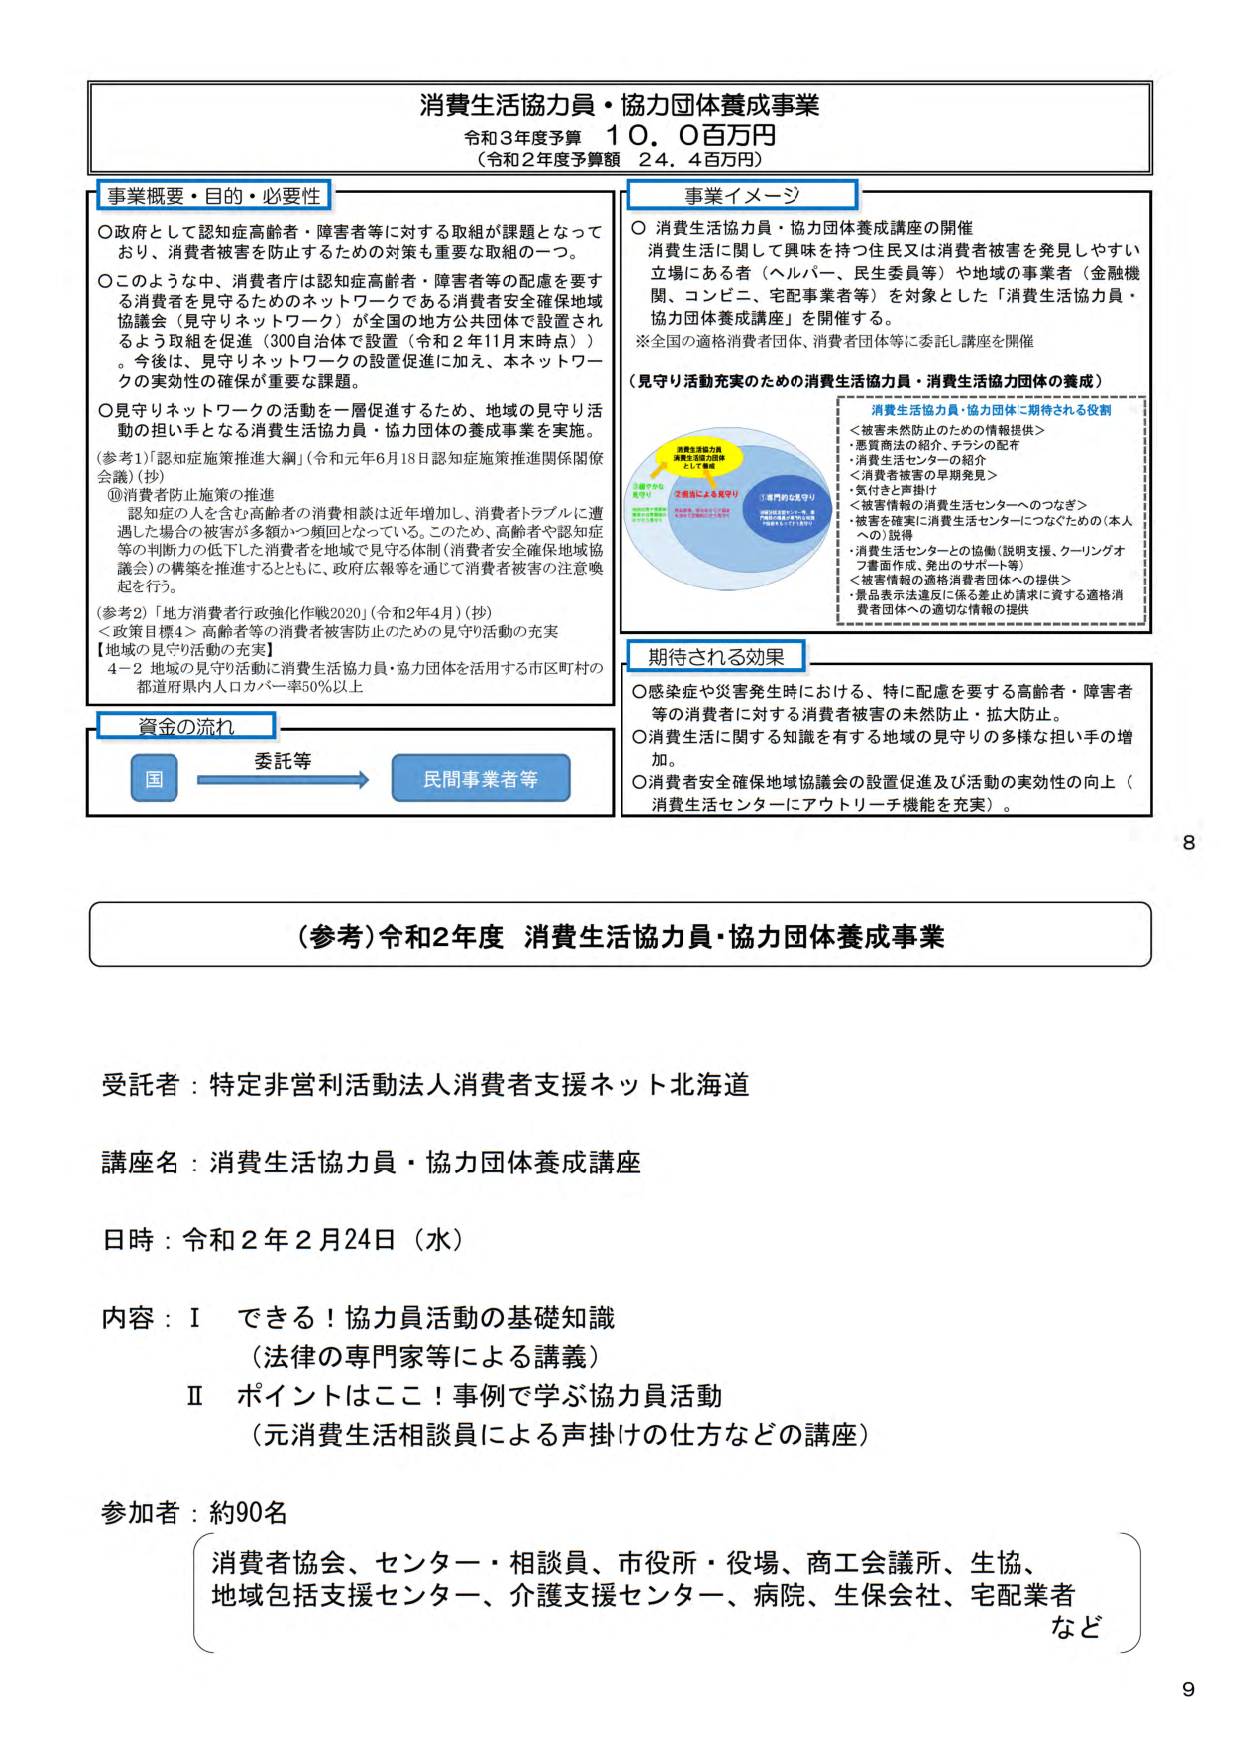
消費生活協力員・協力団体養成事業
令和３年度予算 １０．０百万円
（令和２年度予算額 ２４．４百万円）

事業概要・目的・必要性
〇政府として認知症高齢者・障害者等に対する取組が課題となっており、消費者被害を防止するための対策も重要な取組の一つ。
〇このような中、消費者庁は認知症高齢者・障害者等の配慮を要する消費者を見守るためのネットワークである消費者安全確保地域協議会（見守りネットワーク）が全国の地方公共団体で設置されるよう取組を促進（300自治体で設置（令和２年11月末時点））。今後は、見守りネットワークの設置促進に加え、本ネットワークの実効性の確保が重要な課題。
〇見守りネットワークの活動を一層促進するため、地域の見守り活動の担い手となる消費生活協力員・協力団体の養成事業を実施。
（参考1）「認知症施策推進大綱」（令和元年6月18日認知症施策推進関係閣僚会議）（抄）
⑩消費者防止施策の推進
認知症の人を含む高齢者の消費相談は近年増加し、消費者トラブルに遭遇した場合の被害が多額かつ頻回となっている。このため、高齢者や認知症等の判断力の低下した消費者を地域で見守る体制（消費者安全確保地域協議会）の構築を推進するとともに、政府広報等を通じて消費者被害の注意喚起を行う。
（参考2）「地方消費者行政強化作戦2020」（令和2年4月）（抄）
＜政策目標4＞高齢者等の消費者被害防止のための見守り活動の充実
【地域の見守り活動の充実】
4-2 地域の見守り活動に消費生活協力員・協力団体を活用する市町村の都道府県内人口カバー率50％以上

資金の流れ
国 → 委託等 → 民間事業者等

事業イメージ
〇消費生活協力員・協力団体養成講座の開催
消費生活に関して興味を持つ住民又は消費者被害を発見しやすい立場にある者（ヘルパー、民生委員等）や地域の事業者（金融機関、コンビニ、宅配事業者等）を対象とした「消費生活協力員・協力団体養成講座」を開催する。
※全国の適格消費者団体、消費者団体等に委託し講座を開催

（見守り活動充実のための消費生活協力員・消費生活協力団体の養成）
消費生活協力員・協力団体に期待される役割
＜被害未然防止のための情報提供＞
・悪質商法の紹介、チラシの配布
・消費生活センターの紹介
＜消費者被害の早期発見＞
・気付きと声掛け
＜被害情報の消費生活センターへのつなぎ＞
・被害を確実に消費生活センターにつなぐための（本人への）説得
・消費生活センターとの協働（説明支援、クーリングオフ画面作成、発出のサポート等）
＜被害情報の適格消費者団体への提供＞
・景品表示法違反に係る差止め請求に資する適格消費者団体への適切な情報の提供

期待される効果
〇感染症や災害発生時における、特に配慮を要する高齢者・障害者等の消費者に対する消費者被害の未然防止・拡大防止。
〇消費生活に関する知識を有する地域の見守りの多様な担い手の増加。
〇消費者安全確保地域協議会の設置促進及び活動の実効性の向上（消費生活センターにアウトリーチ機能を充実）。

（参考）令和2年度 消費生活協力員・協力団体養成事業

受託者：特定非営利活動法人消費者支援ネット北海道
講座名：消費生活協力員・協力団体養成講座
日時：令和2年2月24日（水）
内容：Ⅰ できる！協力員活動の基礎知識
（法律の専門家等による講義）
Ⅱ ポイントはここ！事例で学ぶ協力員活動
（元消費生活相談員による声掛けの仕方などの講座）
参加者：約90名
（消費者協会、センター・相談員、市役所・役場、商工会議所、生協、地域包括支援センター、介護支援センター、病院、生保会社、宅配業者など）